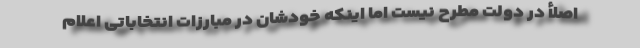
اصلأ در دولت مطرح نیست اما اینکه خودشان در مبارزات انتخاباتی اعلام